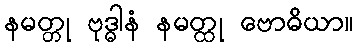
နမတ္တု ဗုဒ္ဓါနံ နမတ္ထု ဗောဓိယာ။